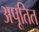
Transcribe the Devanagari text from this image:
अपूतित